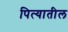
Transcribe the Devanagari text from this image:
पित्यातील